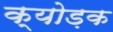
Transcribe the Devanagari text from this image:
क्योड़क